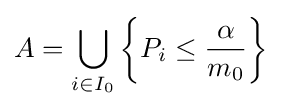
A=\bigcup _{i\in I_{0}}\left\{P_{i}\leq {\frac {\alpha }{m_{0}}}\right\}